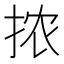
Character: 𫼮